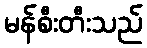
မန်စီးတီးသည်